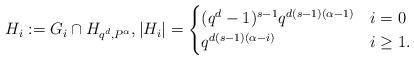
LaTeX: \begin{align*}H_i:=G_i \cap H_{q^d,P^\alpha},|H_i|=\begin{cases}(q^{d}-1)^{s-1} q^{d(s-1)(\alpha-1)} & i=0 \\q^{d(s-1)(\alpha-i)} & i \geq 1.\end{cases}\end{align*}